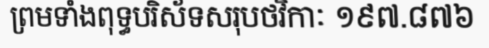
ព្រមទាំងពុទ្ធបរិស័ទសរុបថវិកាៈ ១៩៧.៨៧៦